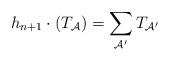
LaTeX: \begin{align*}h_{n+1}\cdot(T_{\mathcal{A}})=\sum_{\mathcal{A}'}T_{\mathcal{A}'}\end{align*}